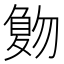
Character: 𠤀